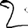
Digit: 2